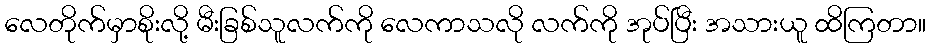
လေတိုက်မှာစိုးလို့ မီးခြစ်သူလက်ကို လေကာသလို လက်ကို အုပ်ပြီး အသားယူ ထိကြတာ။